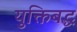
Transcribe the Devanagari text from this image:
युक्तिबद्ध